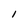
Character: l